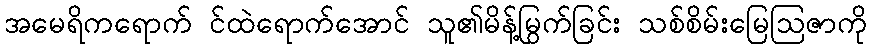
အမေရိကရောက် င်ထဲရောက်အောင် သူ၏မိန့်မြွက်ခြင်း သစ်စိမ်းမြေဩဇာကို